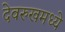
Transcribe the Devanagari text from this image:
देवरुखमध्ये